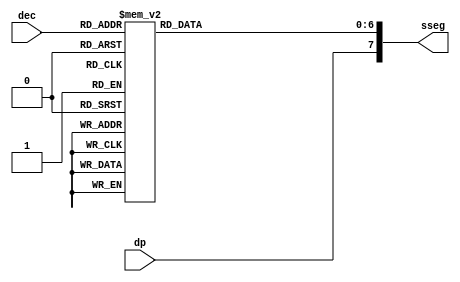
module dec_to_sseg
  (
   input wire [3:0] dec,
   input wire dp,
   output reg [7:0] sseg  // output active low
   );

   always @*
     begin
	case(dec)
	  4'h0: sseg[6:0] = 7'b0000001;
	  4'h1: sseg[6:0] = 7'b1001111;
	  4'h2: sseg[6:0] = 7'b0010010;
	  4'h3: sseg[6:0] = 7'b0000110;
	  4'h4: sseg[6:0] = 7'b1001100;
	  4'h5: sseg[6:0] = 7'b0100100;
	  4'h6: sseg[6:0] = 7'b0100000;
	  4'h7: sseg[6:0] = 7'b0001111;
	  4'h8: sseg[6:0] = 7'b0000000;
	  default: sseg[6:0] = 7'b0000100;
	endcase // case (dec)
	sseg[7] = dp;
    end // always @ *

endmodule // dec_to_sseg